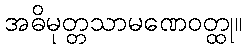
အဓိမုတ္တသာမဏေဝတ္ထု။